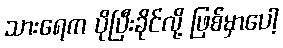
သားရေက ပိုပြီးခိုင်လို့ ဖြစ်မှာပေါ့